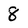
Character: 8